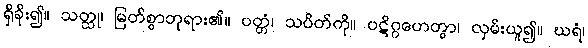
ရှိခိုး၍။ သတ္ထု၊ မြတ်စွာဘုရား၏။ ပတ္တံ၊ သပိတ်ကို။ ပဋိဂ္ဂဟေတွာ၊ လှမ်းယူ၍။ ဃရံ၊